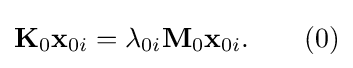
\mathbf {K} _{0}\mathbf {x} _{0i}=\lambda _{0i}\mathbf {M} _{0}\mathbf {x} _{0i}.\qquad (0)